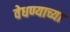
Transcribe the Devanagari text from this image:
वेधण्याच्या